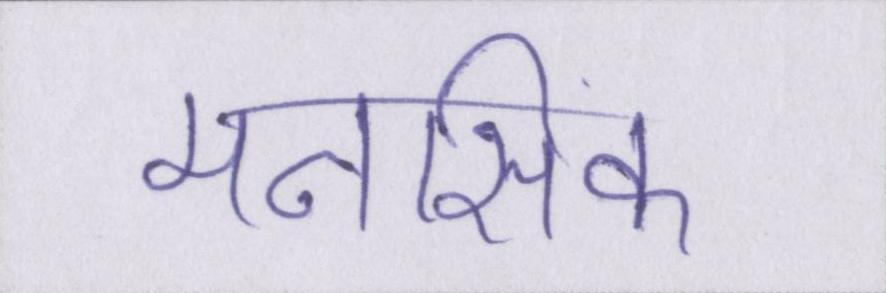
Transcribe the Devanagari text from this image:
मनसिक